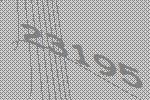
23195